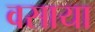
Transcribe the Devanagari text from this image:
वसाया